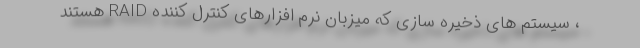
، سیستم های ذخیره سازی که میزبان نرم افزارهای کنترل کننده RAID هستند